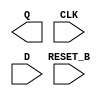
module sky130_fd_sc_lp__dfrtp (
    Q      ,
    CLK    ,
    D      ,
    RESET_B
);

    output Q      ;
    input  CLK    ;
    input  D      ;
    input  RESET_B;

    // Voltage supply signals
    supply1 VPWR;
    supply0 VGND;
    supply1 VPB ;
    supply0 VNB ;

endmodule